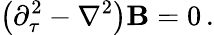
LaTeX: \left(\partial_{\tau}^{2}-\nabla^{2}\right){\mathbf B}=0\, .